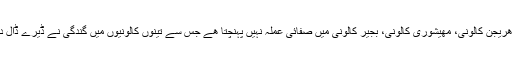
شہر کی ھریجن کالونی، مھیشوری کالونی، بجیر کالونی میں صفائی عملہ نہیں پہنچتا ھے جس سے تینوں کالونیوں میں گندگی نے ڈیرے ڈال دیئے ھیں۔